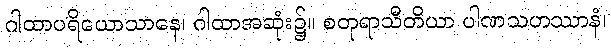
ဂါထာပရိယောသာနေ၊ ဂါထာအဆုံး၌။ စတုရာသီတိယာ ပါဏသဟဿာနံ၊